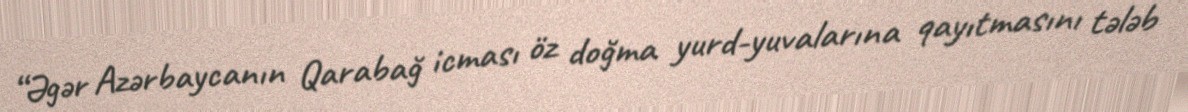
“Əgər Azərbaycanın Qarabağ icması öz doğma yurd-yuvalarına qayıtmasını tələb